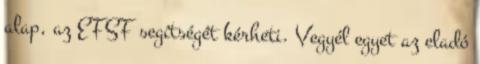
alap, az EFSF segítségét kérheti. Vegyél egyet az eladó